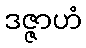
ဒဇ္ဇာဟံ